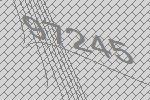
97245